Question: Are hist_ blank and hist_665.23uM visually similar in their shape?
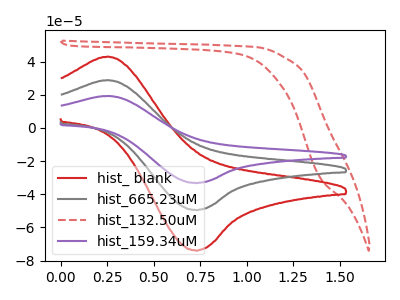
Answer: <think>The red curve "hist_ blank" has an anodic peak at (0.25V, 43.05uA) and a cathodic peak at (0.70V, -73.80uA). The gray curve "hist_665.23uM" has an anodic peak at (0.25V, 28.85uA) and a cathodic peak at (0.70V, -49.45uA). The red dashed curve "hist_132.50uM" has no peaks. The purple curve "hist_159.34uM" has an anodic peak at (0.25V, 57.70uA) and a cathodic peak at (0.70V, -98.90uA).
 All the peaks in "hist_ blank" have a peak in "hist_665.23uM" at the same potential. Every peak in "hist_ blank" is higher than every peak in "hist_665.23uM".</think>
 <answer>"hist_ blank" and "hist_665.23uM" are similar in shape.</answer>
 <eval>same_shape</eval>